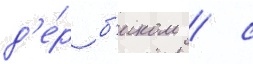
д'е́р б'иком / с